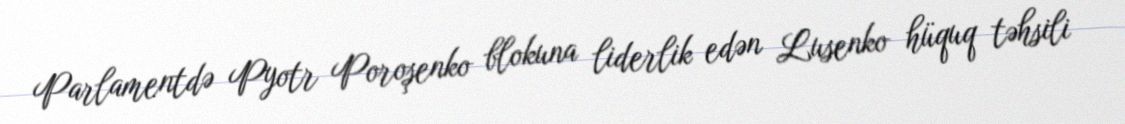
Parlamentdə Pyotr Poroşenko blokuna liderlik edən Lusenko hüquq təhsili